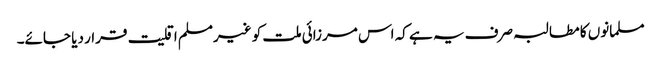
مسلمانوں کا مطالبہ صرف یہ ہے کہ اس مرزائی ملت کو غیرمسلم اقلیت قرار دیا جائے۔